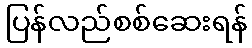
ပြန်လည်စစ်ဆေးရန်